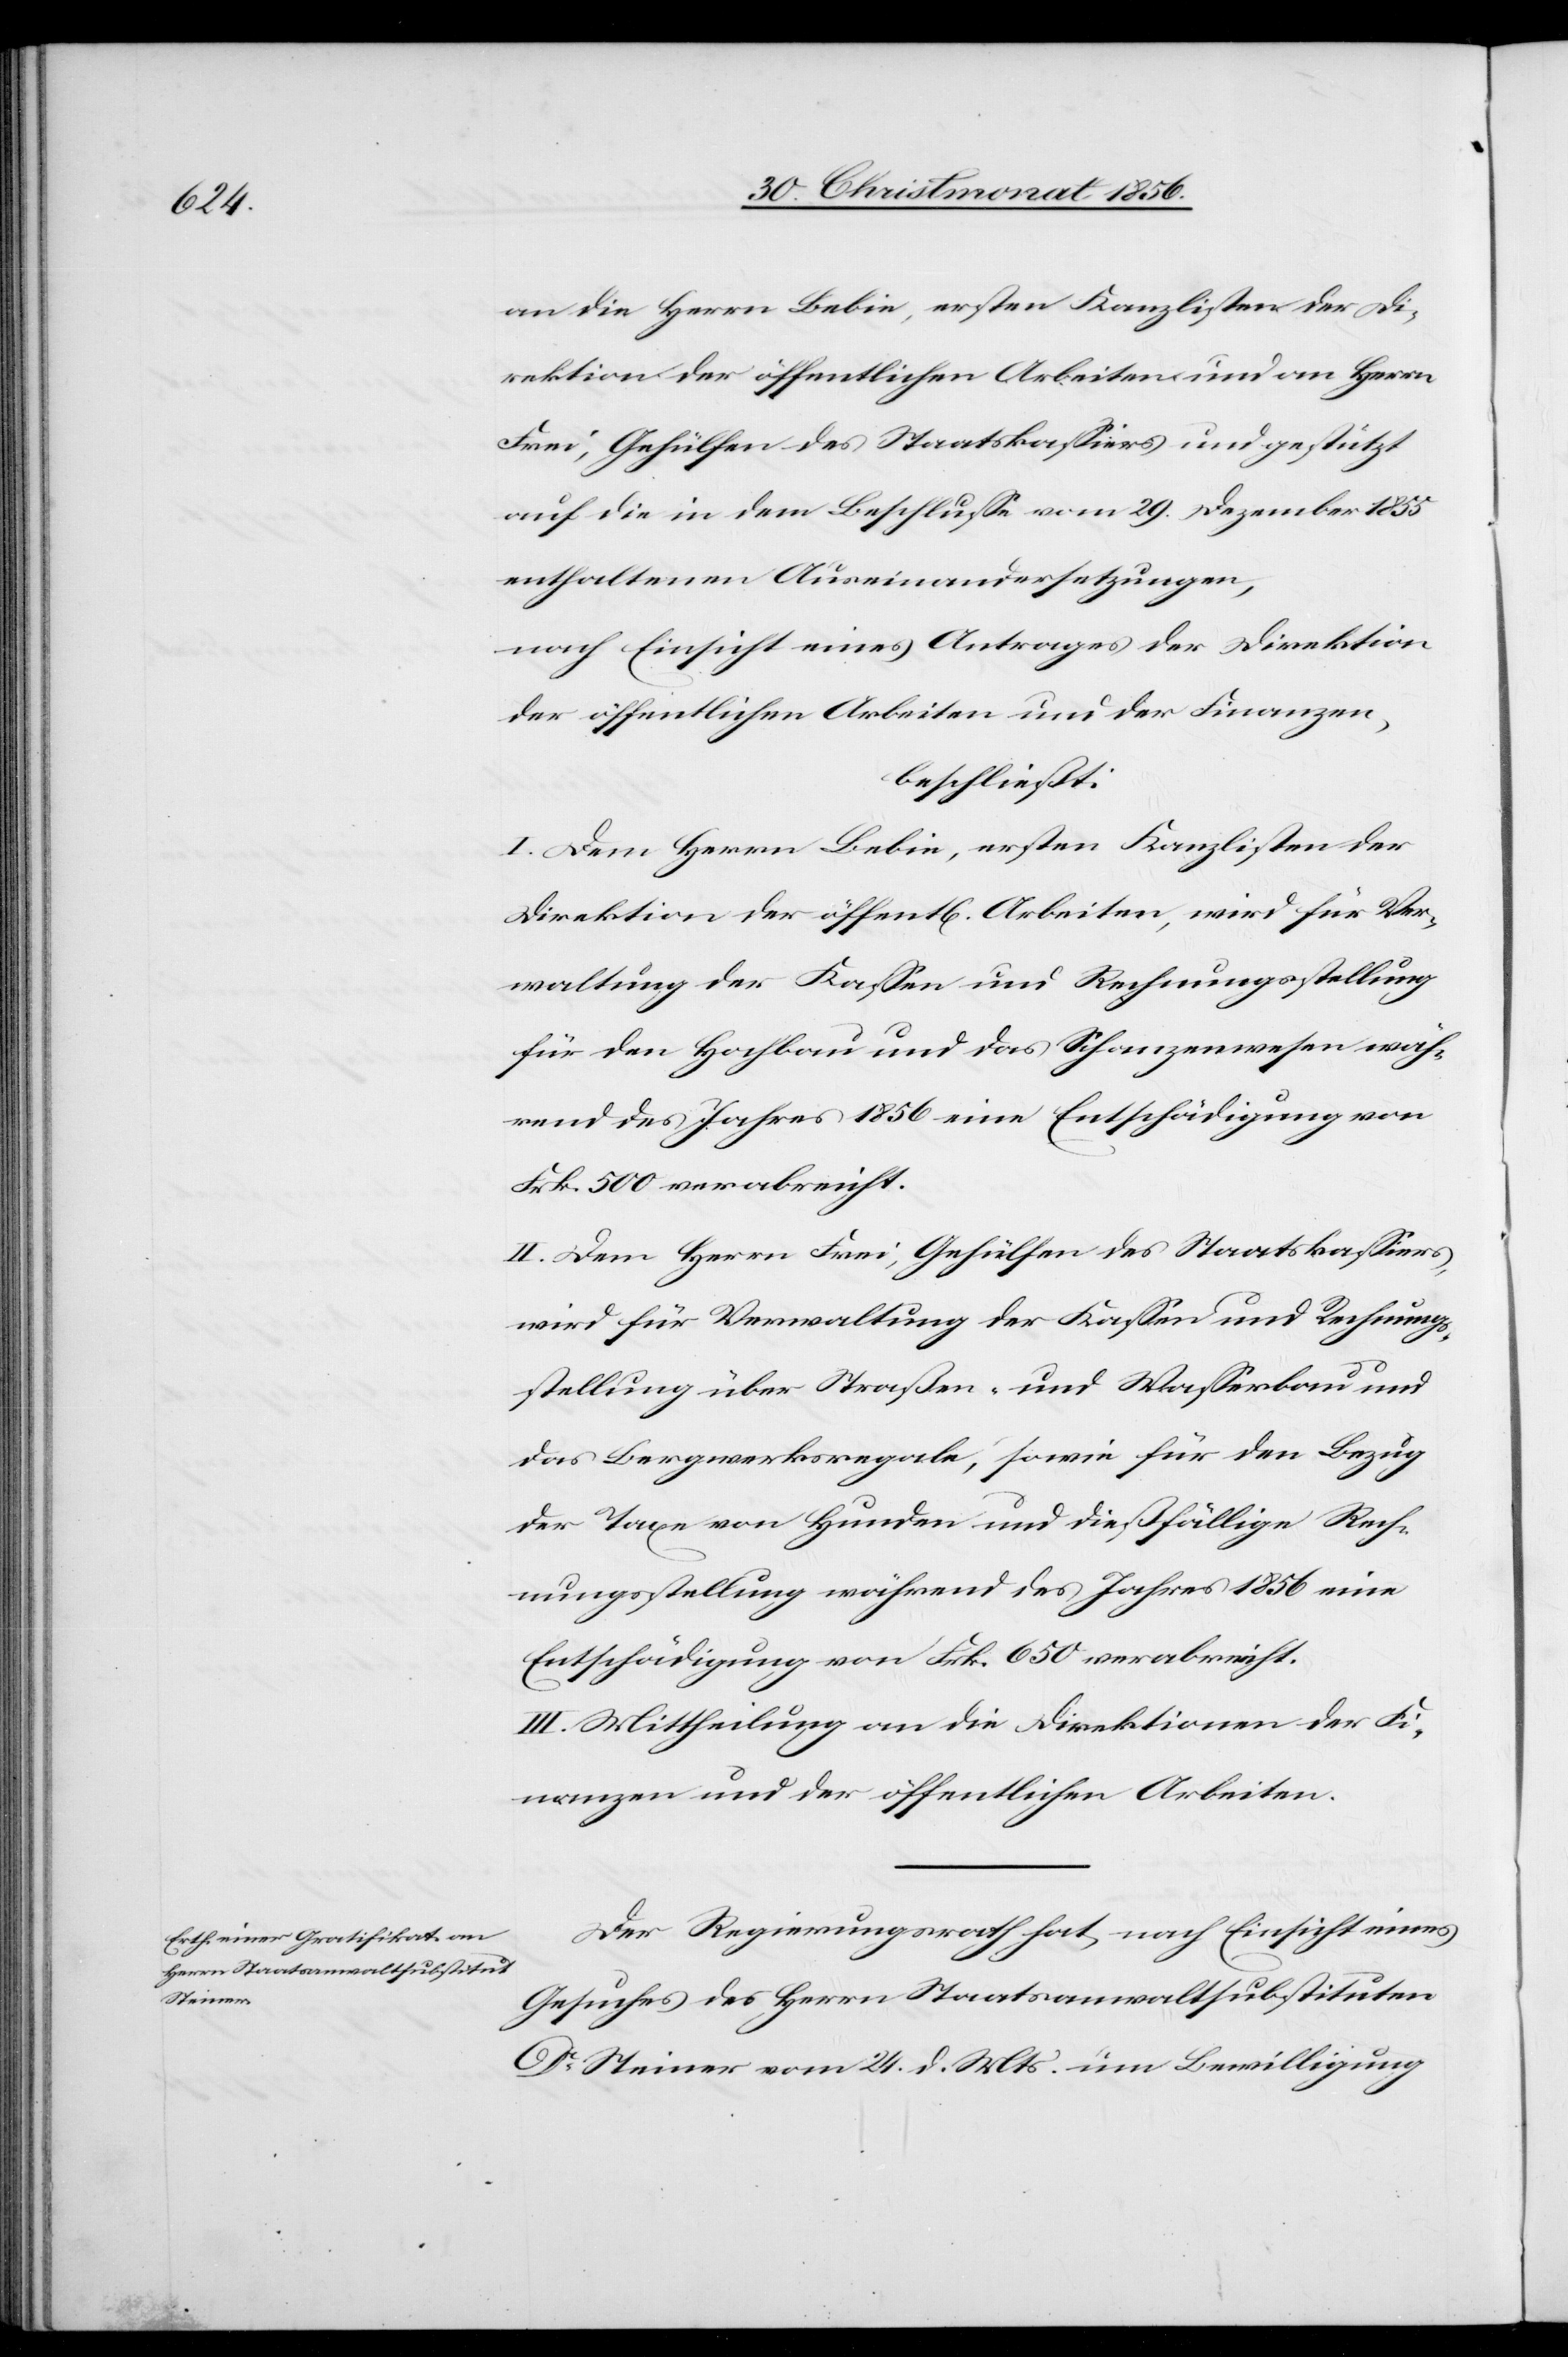
an die Herrn Bebie, ersten Kanzlisten der Di¬
rektion der öffentlichen Arbeiten und an Herrn
Frei, Gehülfen des Staatskassiers und gestützt
auf die in dem Beschlusse vom 29. Dezember 1855
enthaltenen Auseinandersetzungen,
nach Einsicht eines Antrages der Direktion
der öffentlichen Arbeiten und der Finanzen,
beschließt:
I. Dem Herrn Bebie, ersten Kanzlisten der
Direktion der öffentlichen Arbeiten, wird für Ver¬
waltung der Kassen und Rechnungsstellung
für den Hochbau und das Schanzenwesen wäh¬
rend des Jahres 1856 eine Entschädigung von
Frk. 500 verabreicht.
II. Dem Herrn Frei, Gehülfen des Staatskassiers,
wird für Verwaltung der Kassen und Rechnungs¬
stellung über Straßen- und Wasserbau und
das Bergwerksregale, sowie für den Bezug
der Taxe von Hunden und dießfällige Rech¬
nungsstellung während des Jahres 1856 eine
Entschädigung von Frk. 650 verabreicht.
III. Mittheilung an die Direktionen der Fi¬
nanzen und der öffentlichen Arbeiten.
Der Regierungsrath hat, nach Einsicht eines
Gesuchs des Herrn Staatsanwaltsubstituten
Dr Steiner vom 24. d. Mts. um Bewilligung